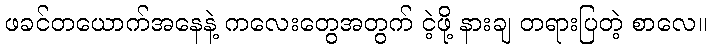
ဖခင်တယောက်အနေနဲ့ ကလေးတွေအတွက် ငဲ့ဖို့ နားချ တရားပြတဲ့ စာလေ။